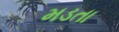
મડતા